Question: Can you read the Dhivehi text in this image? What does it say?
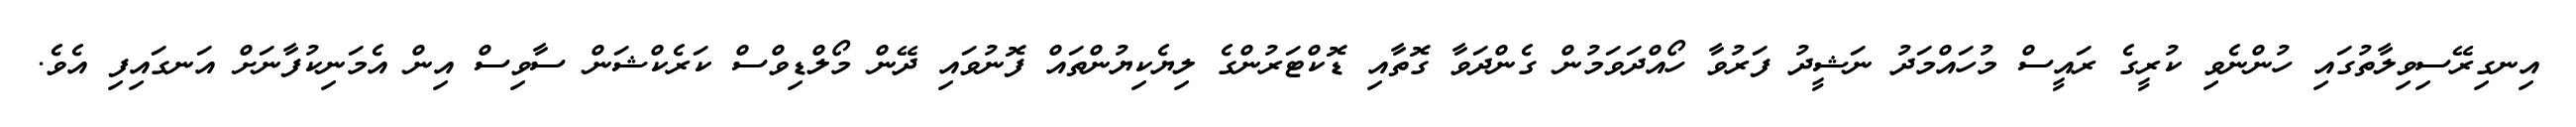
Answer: އިނގިރޭސިވިލާތުގައި ހުންނެވި ކުރީގެ ރައީސް މުހައްމަދު ނަޝީދު ފަރުވާ ހޯއްދަވަމުން ގެންދަވާ ގޮތާއި ޑޮކްޓަރުންގެ ލިޔެކިޔުންތައް ފޮނުވައި ދޭން މޯލްޑިވްސް ކަރެކްޝަން ސާވިސް އިން އެމަނިކުފާނަށް އަނގައިފި އެވެ.